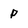
Character: P